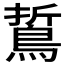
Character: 𪁊